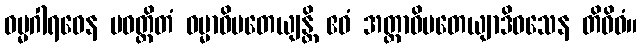
ဓမ္မဂါရဝေန ပဝတ္တိတံ ဓမ္မာဓိပတေယျန္တိ ဧဝံ အတ္တာဓိပတေယျာဒိဝသေန တိဝိဓံ။